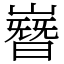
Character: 嶜